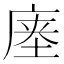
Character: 𰏽